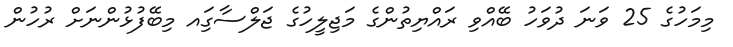
މިމަހުގެ 25 ވަނަ ދުވަހު ބޭއްވި ރައްޔިތުންގެ މަޖިލީހުގެ ޖަލްސާގަިއ މިބޭފުޅުންނަށް ރުހުން